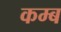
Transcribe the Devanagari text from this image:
कम्ब